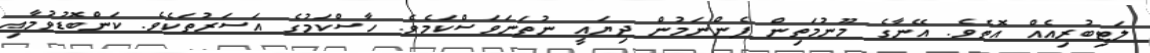
ލަޓިބުރިއެއް އޮތެވެ. އޭނާގެ މޫނުމަތިން ފެންނަމުން ދިޔައީ ނުތަނަވަސްކަމެވެ. ހާސްކަމުގެ އަސަރުތަކެވެ. ކަންބޮޑުވުމާއި